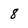
Character: 8